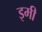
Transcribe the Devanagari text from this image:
इमी